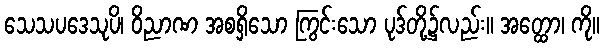
သေသပဒေသုပိ၊ ဝိညာဏ အစရှိသော ကြွင်းသော ပုဒ်တို့၌လည်း။ အတ္ထော၊ ကို။